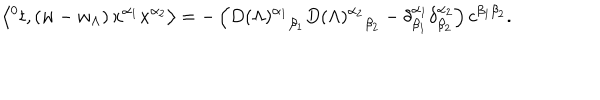
LaTeX: \left\langle { ^ 0 t } , \left( w - w _ { \Lambda } \right) x ^ { \alpha _ { 1 } } x ^ { \alpha _ { 2 } } \right\rangle = - \left( { D ( \Lambda ) ^ { \alpha _ { 1 } } } _ { \beta _ { 1 } } { D ( \Lambda ) ^ { \alpha _ { 2 } } } _ { \beta _ { 2 } } - \delta _ { \beta _ { 1 } } ^ { \alpha _ { 1 } } \delta _ { \beta _ { 2 } } ^ { \alpha _ { 2 } } \right) c ^ { \beta _ { 1 } \beta _ { 2 } } .